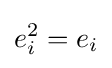
e_{i}^{2}=e_{i}